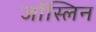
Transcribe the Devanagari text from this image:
जॉस्लिन